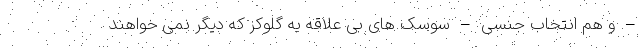
– و هم انتخاب جنسی – سوسک های بی علاقه به گلوکز که دیگر نمی خواهند